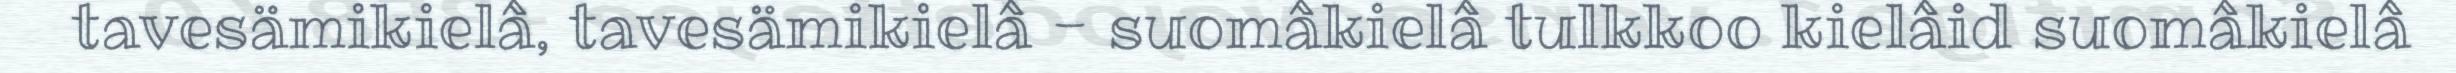
tavesämikielâ, tavesämikielâ - suomâkielâ tulkkoo kielâid suomâkielâ